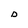
Character: D